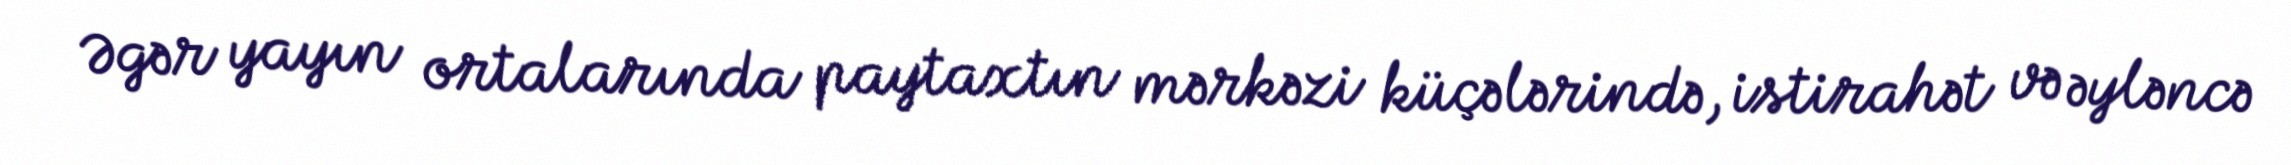
Əgər yayın ortalarında paytaxtın mərkəzi küçələrində, istirahət və əyləncə